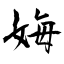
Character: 娒